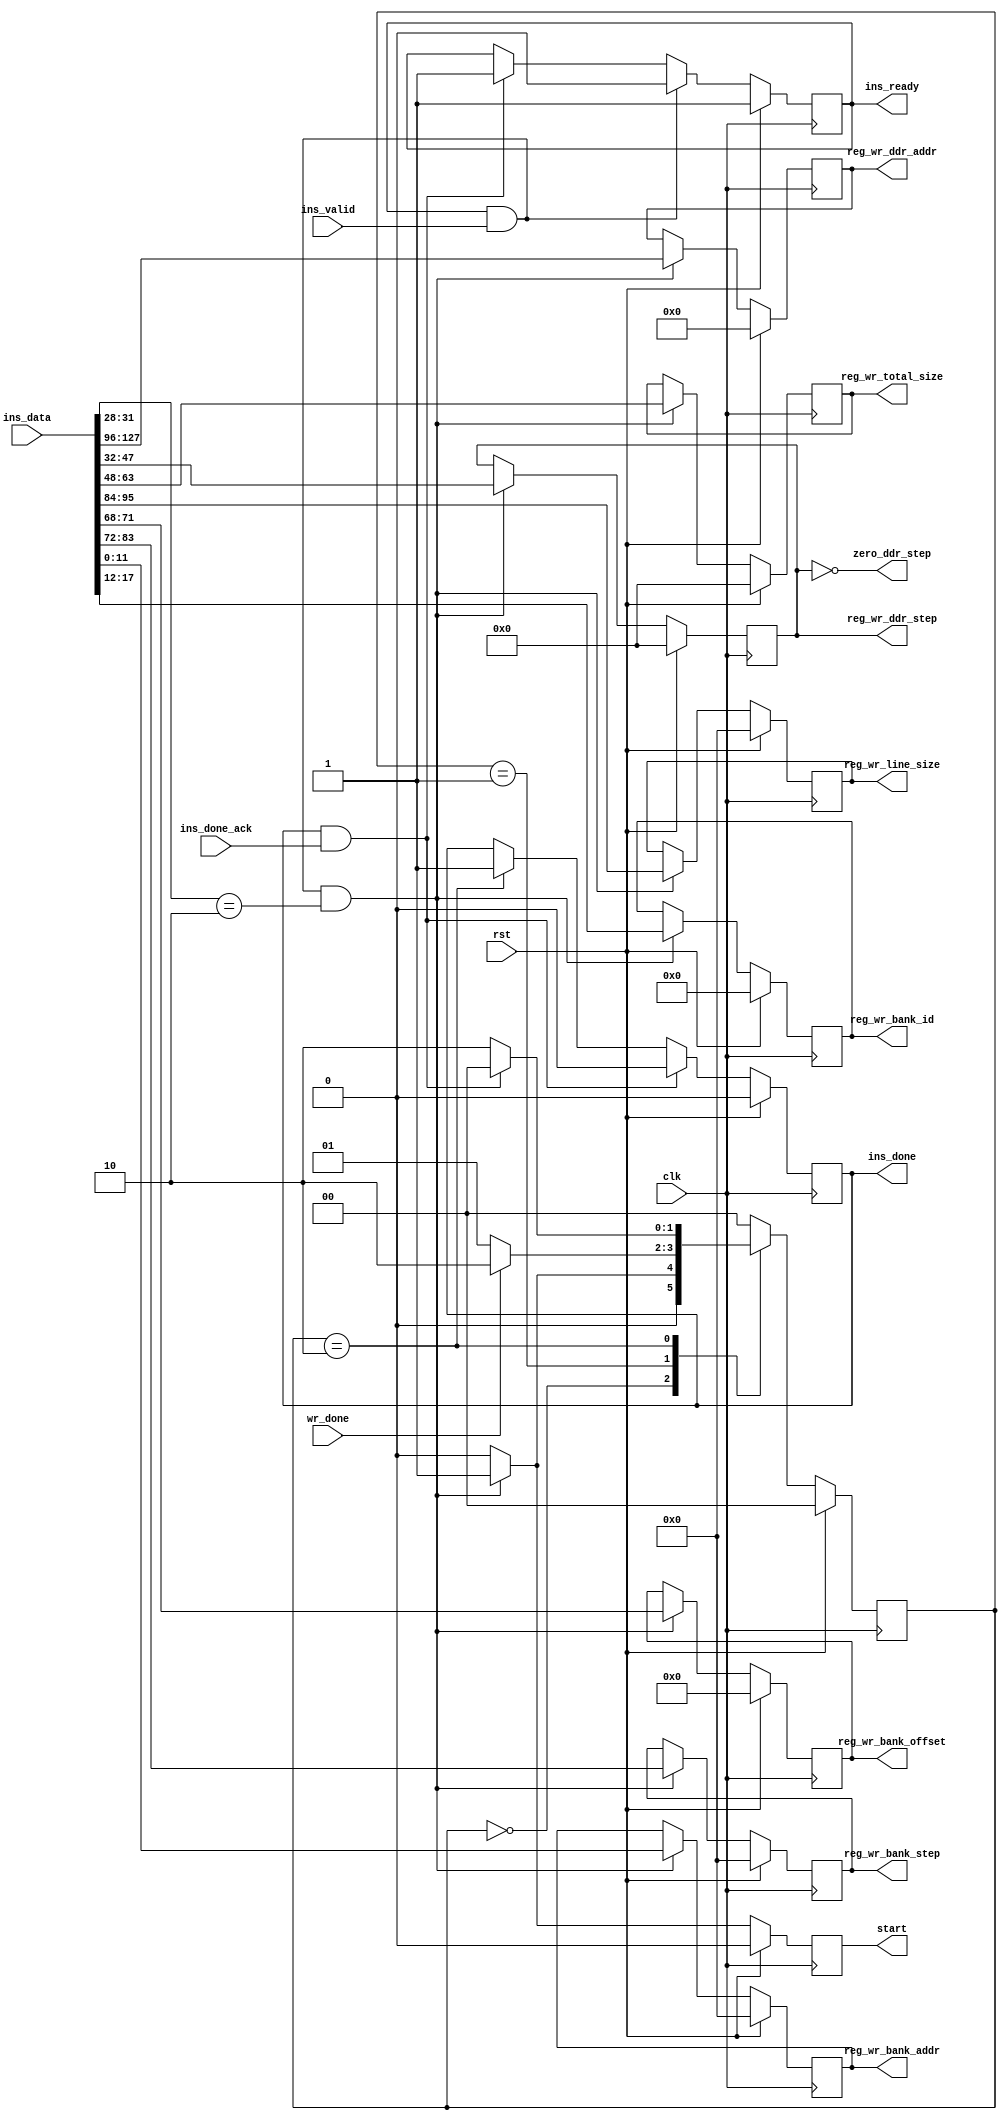
module save_ins_parser#(
    parameter   BID_W       = 6,
    parameter   ADDR_W      = 12,  
    parameter   DDR_ADDR_W  = 32,
    parameter   LINE_SIZE_W = 12,
    parameter   ALL_SIZE_W  = 16,
    parameter   OFFSET_W    = 4,
    parameter   INS_LEN     = 32*4  //instruction length
    )(
    input               clk,        // scheduler clock
    input               rst,        // positive synchronous reset
    // instruction input
    input   [INS_LEN-1: 0]  ins_data,   // instruction
    input                   ins_valid,  // instruction valid
    output                  ins_ready,  // ready to receive instructions
    // instruction done
    output                  ins_done,       // instruction done state to scheduler
    input                   ins_done_ack,   // instruction done answer
    // write done / ready to start
    input                   wr_done,    // write done pulse from write module
    output                  start,      // trigger pulse
    output                  zero_ddr_step,
    //register output
    output  [BID_W      -1 : 0] reg_wr_bank_id,
    output  [ADDR_W     -1 : 0] reg_wr_bank_addr,
    output  [ADDR_W     -1 : 0] reg_wr_bank_step,
    output  [OFFSET_W   -1 : 0] reg_wr_bank_offset,
    output  [LINE_SIZE_W-1 : 0] reg_wr_line_size,
    output  [ALL_SIZE_W -1 : 0] reg_wr_total_size,
    output  [ALL_SIZE_W -1 : 0] reg_wr_ddr_step,
    output  [DDR_ADDR_W -1 : 0] reg_wr_ddr_addr
    );

    reg                         start_r;
    //load
    reg     [BID_W      -1 : 0] reg_wr_bank_id_r;
    reg     [ADDR_W     -1 : 0] reg_wr_bank_addr_r;
    reg     [ADDR_W     -1 : 0] reg_wr_bank_step_r;
    reg     [OFFSET_W   -1 : 0] reg_wr_bank_offset_r;
    reg     [LINE_SIZE_W-1 : 0] reg_wr_line_size_r;
    reg     [ALL_SIZE_W -1 : 0] reg_wr_total_size_r;
    reg     [ALL_SIZE_W -1 : 0] reg_wr_ddr_step_r;
    reg     [DDR_ADDR_W -1 : 0] reg_wr_ddr_addr_r;

    localparam  HEAD_SAVE   = 4'b0010;

    localparam  STAT_IDLE   = 2'd0;
    localparam  STAT_WORK   = 2'd1;
    localparam  STAT_DONE   = 2'd2;

    reg [1          : 0] cur_stat_r, nxt_stat_r;

    always @ ( * ) begin
        case(cur_stat_r)
        STAT_IDLE: nxt_stat_r <= (ins_ready && ins_valid && (ins_data[31:28] == HEAD_SAVE)) ? STAT_WORK : STAT_IDLE;
        STAT_WORK: nxt_stat_r <= wr_done ? STAT_DONE : STAT_WORK;
        STAT_DONE: nxt_stat_r <= (ins_done && ins_done_ack) ? STAT_IDLE : STAT_DONE;
        default:   nxt_stat_r <= STAT_IDLE;
        endcase
    end

    always @ (posedge clk) begin
        if (rst) begin
            cur_stat_r <= STAT_IDLE;
        end
        else begin
            cur_stat_r <= nxt_stat_r;
        end
    end

//=============================================================================
// hand shake pulse generation
//=============================================================================

    // receive instruction
    reg     ins_ready_r;
    assign  ins_ready = ins_ready_r;
    always @ (posedge clk) begin
        if (rst) begin
            ins_ready_r <= 1'b1;
        end
        else if (ins_valid && ins_ready) begin
            ins_ready_r <= 1'b0;
        end
        else if (ins_done && ins_done_ack) begin
            ins_ready_r <= 1'b1;
        end
    end

    // generate start pulse
    always @ (posedge clk) begin
        if (rst) begin
            start_r <= 1'b0;
        end
        else if (ins_ready && ins_valid && ins_data[31:28] == HEAD_SAVE) begin
            start_r <= 1'b1;
        end
        else begin
            start_r <= 1'b0;
        end
    end

    // return instruction done
    reg     ins_done_r;
    assign  ins_done = ins_done_r;
    always @ (posedge clk) begin
        if (rst) begin
            ins_done_r <= 1'b0;
        end
        else if (ins_done_r && ins_done_ack) begin
            ins_done_r <= 1'b0;
        end
        else if (cur_stat_r == STAT_DONE) begin
            ins_done_r <= 1'b1;
        end
    end

//=============================================================================
// instruction decode
//=============================================================================
    always @(posedge clk) begin
        if(rst) begin
            reg_wr_bank_id_r    <= 0;
            reg_wr_bank_addr_r  <= 0;
            reg_wr_bank_step_r  <= 0;
            reg_wr_bank_offset_r<= 0;
            reg_wr_line_size_r  <= 0;
            reg_wr_total_size_r <= 0;
            reg_wr_ddr_step_r   <= 0;
            reg_wr_ddr_addr_r   <= 0;
        end
        else if(ins_ready && ins_valid && (ins_data[31:28] == HEAD_SAVE)) begin
            reg_wr_bank_id_r    <= ins_data[19 : 12];
            reg_wr_bank_addr_r  <= ins_data[11 :  0];
            reg_wr_bank_step_r  <= ins_data[83 : 72];
            reg_wr_bank_offset_r<= ins_data[71 : 68];
            reg_wr_line_size_r  <= ins_data[95 : 84];
            reg_wr_total_size_r <= ins_data[63 : 48];
            reg_wr_ddr_step_r   <= ins_data[47 : 32];
            reg_wr_ddr_addr_r   <= ins_data[127 : 96];
        end
    end

    assign start                = start_r;
    assign zero_ddr_step        = (reg_wr_ddr_step == 0);
    //load
    assign reg_wr_bank_id       = reg_wr_bank_id_r;
    assign reg_wr_bank_addr     = reg_wr_bank_addr_r;
    assign reg_wr_bank_step     = reg_wr_bank_step_r;
    assign reg_wr_bank_offset   = reg_wr_bank_offset_r; 
    assign reg_wr_line_size     = reg_wr_line_size_r;
    assign reg_wr_total_size    = reg_wr_total_size_r;
    assign reg_wr_ddr_step      = reg_wr_ddr_step_r;
    assign reg_wr_ddr_addr      = reg_wr_ddr_addr_r;

endmodule // save_ins_parser